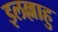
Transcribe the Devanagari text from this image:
इलल्लाहु